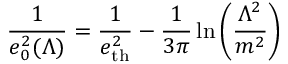
{ \frac { 1 } { e _ { 0 } ^ { 2 } ( \Lambda ) } } = { \frac { 1 } { e _ { \mathrm { t h } } ^ { 2 } } } - { \frac { 1 } { 3 \pi } } \ln \left( \frac { \Lambda ^ { 2 } } { m ^ { 2 } } \right)